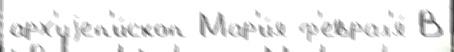
арх'иjеп'и́скоп Мар'и́я ф'еврал'я́ В